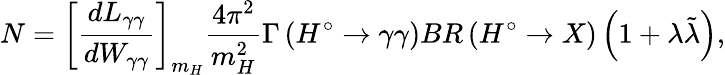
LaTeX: N=\left[\frac{dL_{\gamma\gamma}}{dW_{\gamma\gamma}}\right]_{m_{H}}\frac{4\pi^{2}}{m_{H}^{2}}\Gamma\left(H^{\circ}\rightarrow\gamma\gamma\right)BR\left(H^{\circ}\rightarrow X\right)\left(1+\lambda\tilde{\lambda}\right),